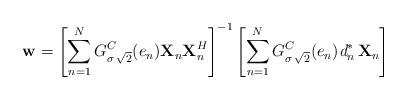
LaTeX: \begin{align*}\textbf{w} = \left [ \sum_{n=1}^{N} G^{C}_{\sigma\,\sqrt{2}}(e_{n})\textbf{X}_{n}\textbf{X}_{n}^{H} \right ]^{-1} \left [ \sum_{n=1}^{N} G^{C}_{\sigma\,\sqrt{2}}(e_{n})\textit{d}_{n}^{*}\,\textbf{X}_{n} \right ]\end{align*}